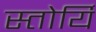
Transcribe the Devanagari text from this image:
स्तोर्यि